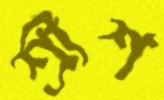
শ্রীশ